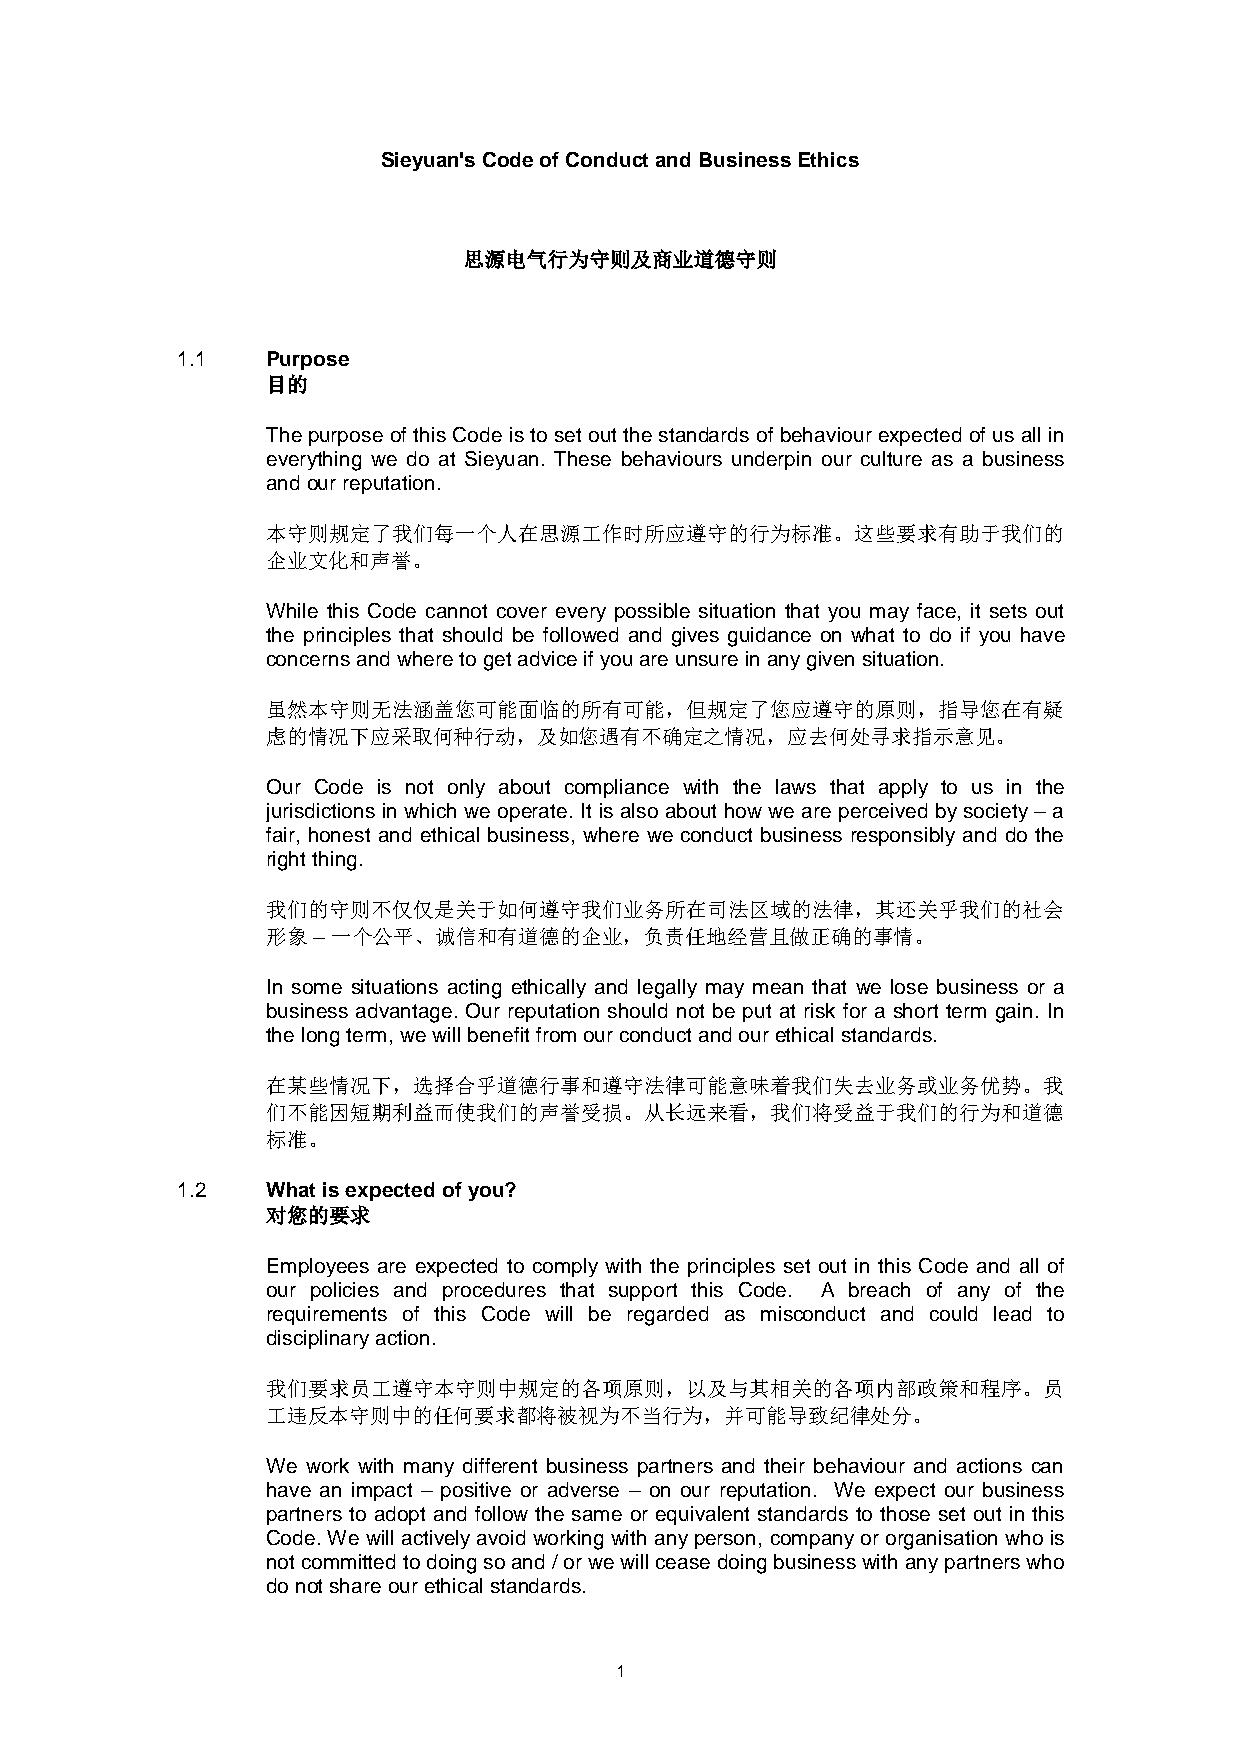
Sieyuan's Code of Conduct and Business Ethics
 思源电气行为守则及商业道德守则
 1.1   Purpose
 目的
 The purpose of this Code is to set out the standards of behaviour expected of us all in
 everything we do at Sieyuan. These behaviours underpin our culture as a business
 and our reputation.
 本守则规定了我们每一个人在思源工作时所应遵守的行为标准。这些要求有助于我们的
 企业文化和声誉。
 While this Code cannot cover every possible situation that you may face, it sets out
 the principles that should be followed and gives guidance on what to do if you have
 concerns and where to get advice if you are unsure in any given situation.
 虽然本守则无法涵盖您可能面临的所有可能，但规定了您应遵守的原则，指导您在有疑
 虑的情况下应采取何种行动，及如您遇有不确定之情况，应去何处寻求指示意见。
 Our Code is not only about compliance with the laws that apply to us in the
 jurisdictions in which we operate. It is also about how we are perceived by society – a
 fair, honest and ethical business, where we conduct business responsibly and do the
 right thing.
 我们的守则不仅仅是关于如何遵守我们业务所在司法区域的法律，其还关乎我们的社会
 形象 – 一个公平、诚信和有道德的企业，负责任地经营且做正确的事情。
 In some situations acting ethically and legally may mean that we lose business or a
 business advantage. Our reputation should not be put at risk for a short term gain. In
 the long term, we will benefit from our conduct and our ethical standards.
 在某些情况下，选择合乎道德行事和遵守法律可能意味着我们失去业务或业务优势。我
 们不能因短期利益而使我们的声誉受损。从长远来看，我们将受益于我们的行为和道德
 标准。
 1.2   What is expected of you?
 对您的要求
 Employees are expected to comply with the principles set out in this Code and all of
 our policies and procedures that support this Code. A breach of any of the
 requirements of this Code will be regarded as misconduct and could lead to
 disciplinary action.
 我们要求员工遵守本守则中规定的各项原则，以及与其相关的各项内部政策和程序。员
 工违反本守则中的任何要求都将被视为不当行为，并可能导致纪律处分。
 We work with many different business partners and their behaviour and actions can
 have an impact – positive or adverse – on our reputation. We expect our business
 partners to adopt and follow the same or equivalent standards to those set out in this
 Code. We will actively avoid working with any person, company or organisation who is
 not committed to doing so and / or we will cease doing business with any partners who
 do not share our ethical standards.
 1